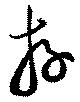
存